V__Kingissepa_nim__kolhoos, lk 7
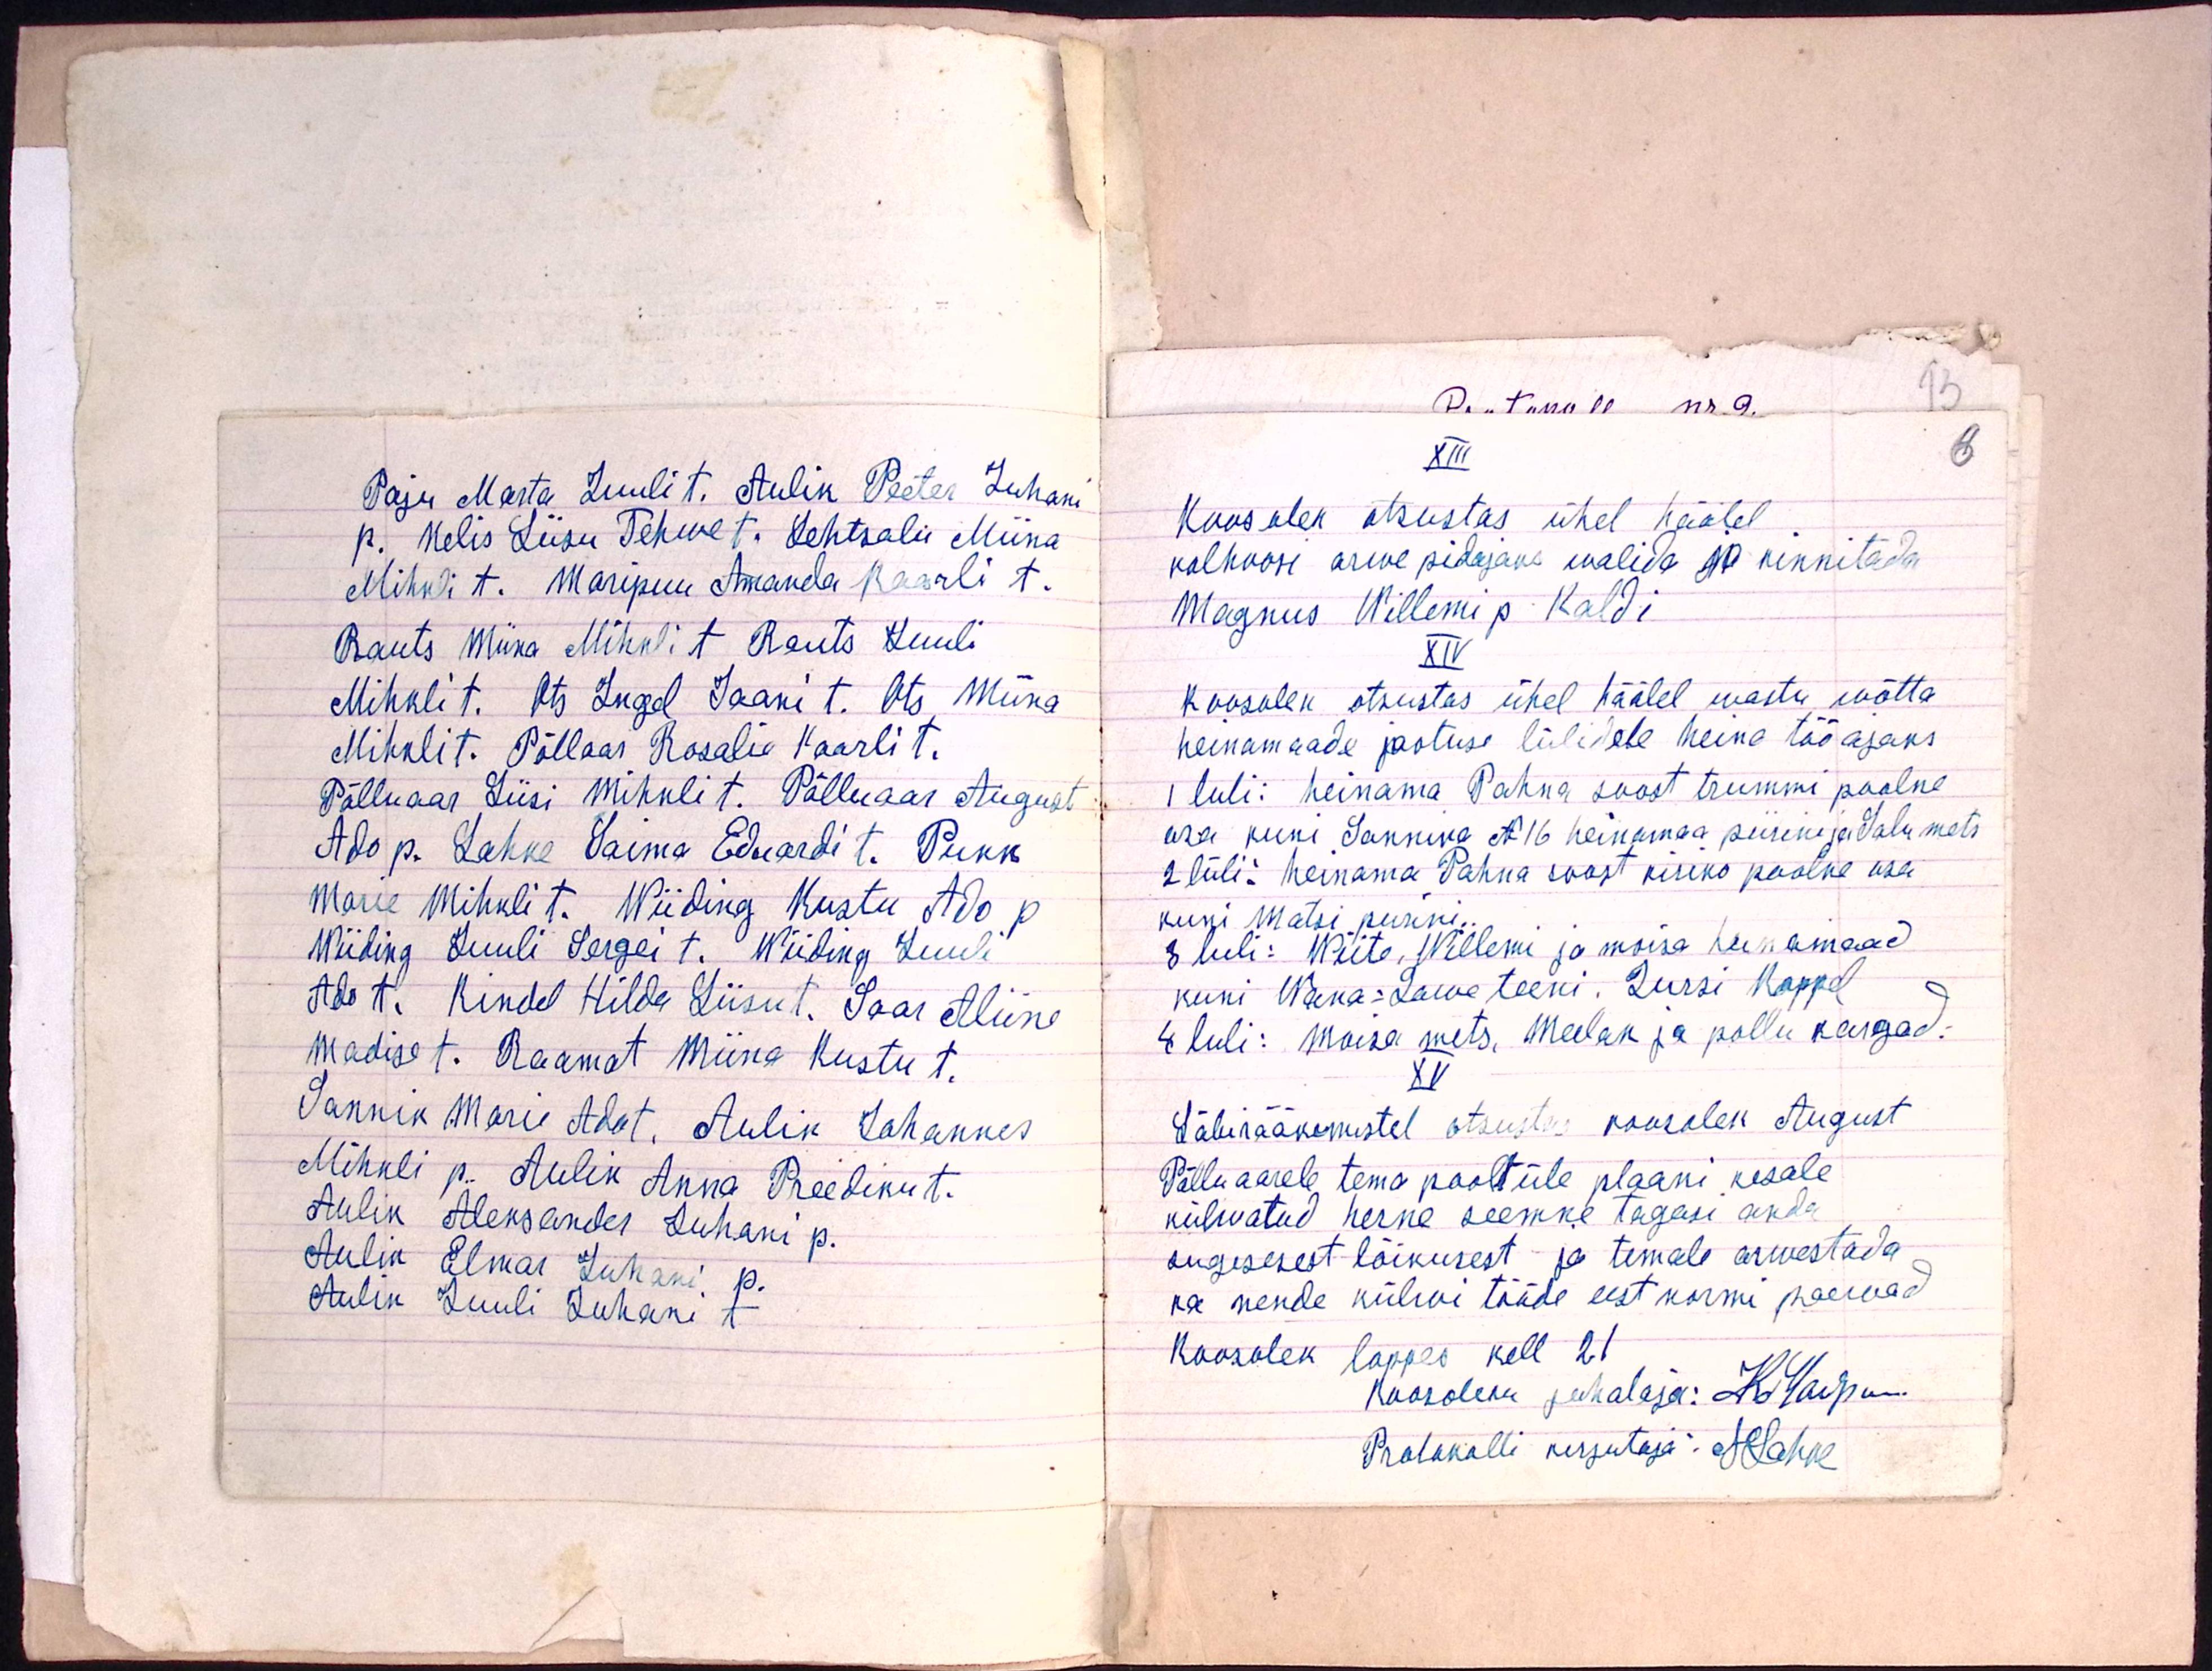
Paju Marta Luuli t. Aulin Peeter Juhani
p. Nelis Liisu Tehwe t. Lehtsalu Miina
Mihkli t. Maripuu Amanda Kaarli t.
Rauts Miina Mihkli t. Rauts Juuli
Mihkli t. Ots Ingel Jaani t. Ots Miina
Mihkli t. Põllaar Rosalie Kaarli t.
Põlluaar Liisi Mihkli t. Põlluaar August
Ado p. Lahke Saima Eduardi t. Pukk
Marie Mihkli t. Wiiding Kustu Ado p.
Wiiding Juuli Sergei t. Wiiding Juuli
Ado t. Kindel Hilda Liisu t. Saar Aliine
Madise t. Raamat Miina Kustu t.
Sannik Marie Ado t. Aulik Johannes
Mihkli p. Aulik Anna Preediku t.
Aulik Aleksander Juhani p.
Aulik Elmar Juhani p.
Aulik Juuli Juhani t

XIII
6
Koosolek otsustas ühel häälel
kolhoosi arwe pidajaks walida ja kinnitada
Magnus Willemi p. Kaldi
XIV
Koosolek otsustas ühel häälel wastu wõtta
heinamaade jaotuse lülidele heina töö ajaks
1 luli: heinama Pahna soost trummi poolne
osa kuni Sanniko N 16 heinamaa piirini ja Salumets
2 lüli: heinama Pahna soost kiriko poolne osa
kuni Matsi piirini
3 luli : Wiite, Willemi ja moisa heinamaad
kuni Wana-Lawe teeni. Jursi Koppel
4 luli: Moisa mets. Meelak ja pollu kargad:
XV
Läbirääkimistel otsustas koosolek August
Põllu aarele tema poolt üle plaani kesale
külwatud herne seemne tagasi anda
sugisesest lõikusest ja temale arwestada
ka nende külwi tööde eest normi paewad
koosolek loppes kell 21
Koosoleku juhataja: K Maripuu
Protokolli kirjutaja: HLahke